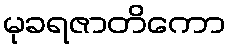
မုခရဇာတိကော